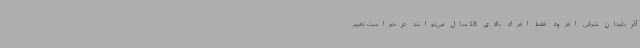
آذربایجان شرقی افزود: فقط افراد بالای 18 سال می‌توانند درخواست تغییر